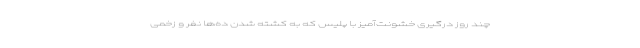
چند روز درگیری خشونت‌آمیز با پلیس که به کشته شدن ده‌ها نفر و زخمی